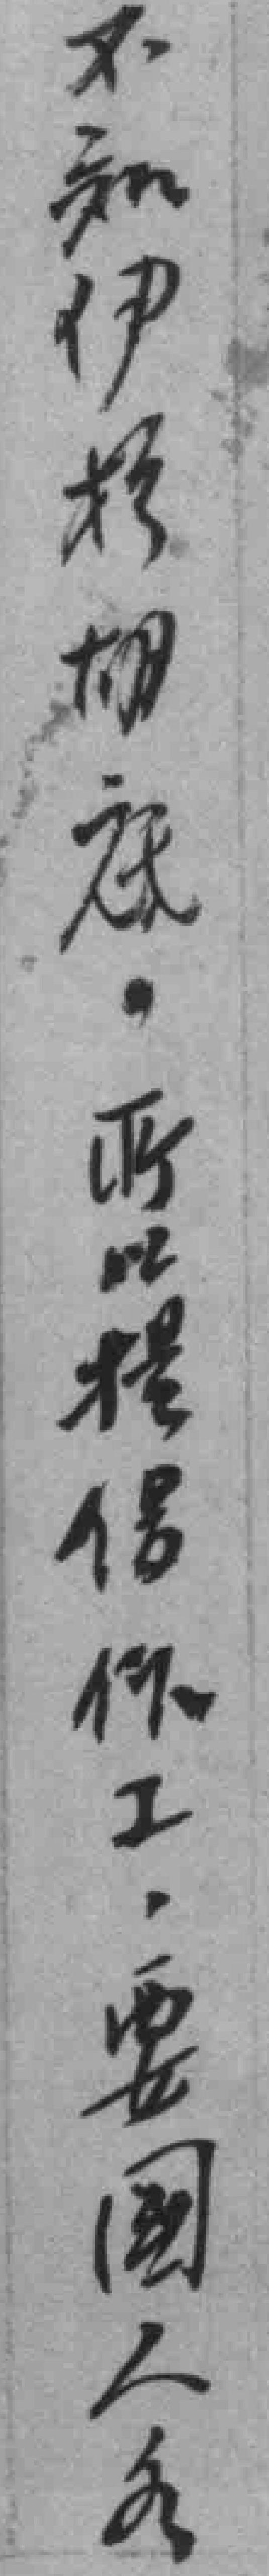
不知伊扵*底所以提倡作工要國人各